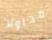
محاولا